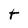
Character: t